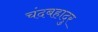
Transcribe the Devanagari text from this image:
चंदबहादुर